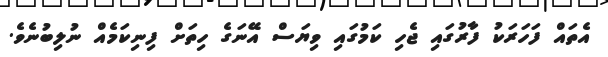
އެތައް ފަހަރަކު ފާރުގައި ޖެހި ކަމުގައި ވިޔަސް އޭނަގެ ހިތަށް ފިނިކަމެއް ނުލިބުނެވެ.